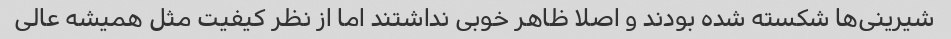
شیرینی‌ها شکسته شده بودند و اصلا ظاهر خوبی نداشتند اما از نظر کیفیت مثل همیشه عالی